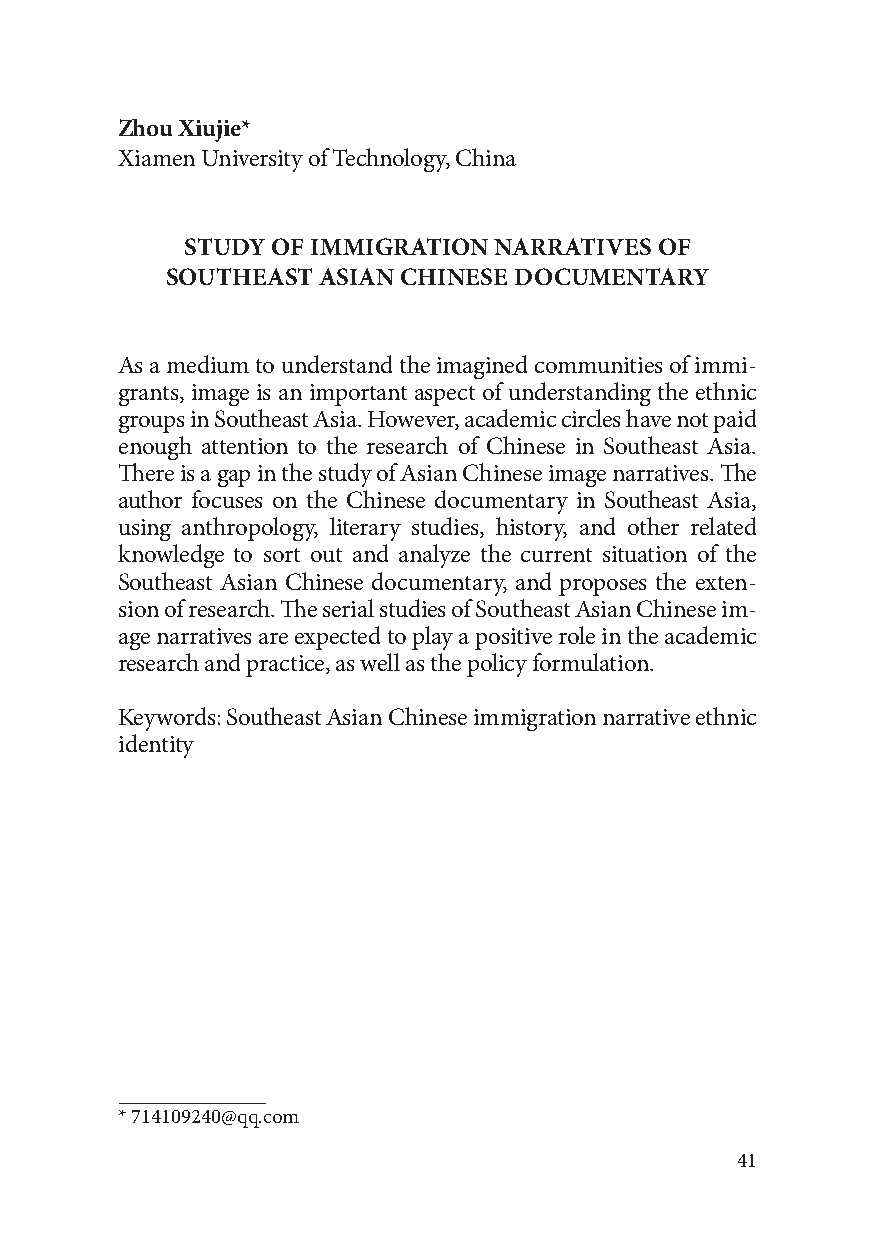
Zhou Xiujie*
 Xiamen University of Technology, China
 STUDY OF IMMIGRATION NARRATIVES OF
 SOUTHEAST ASIAN CHINESE DOCUMENTARY
 As a medium to understand the imagined communities of immi-
 grants, image is an important aspect of understanding the ethnic
 groups in Southeast Asia. However, academic circles have not paid
 enough attention to the research of Chinese in Southeast Asia.
 There is a gap in the study of Asian Chinese image narratives. The
 author focuses on the Chinese documentary in Southeast Asia,
 using anthropology, literary studies, history, and other related
 knowledge to sort out and analyze the current situation of the
 Southeast Asian Chinese documentary, and proposes the exten-
 sion of research. The serial studies of Southeast Asian Chinese im-
 age narratives are expected to play a positive role in the academic
 research and practice, as well as the policy formulation.
 Keywords: Southeast Asian Chinese immigration narrative ethnic
 identity
 * 714109240@qq.com
 41